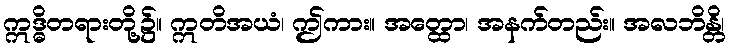
ဣဒ္ဓိတရားတို့၌။ ဣတိအယံ၊ ဤကား။ အတ္ထော၊ အနက်တည်း။ အလဘိန္တိ၊